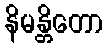
နိမန္တိတော